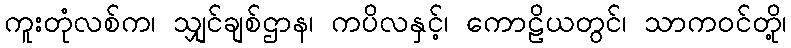
ကူးတုံလစ်က၊ သျှင်ချစ်ဌာန၊ ကပိလနှင့်၊ ကောဠိယတွင်၊ သာကဝင်တို့၊